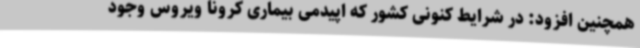
همچنین افزود: در شرایط کنونی کشور که اپیدمی بیماری کرونا ویروس وجود